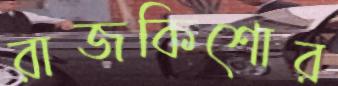
রাজকিশোর